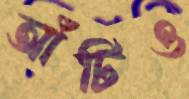
আঁটিও